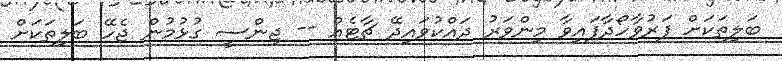
ބަލިތަކަށް ފަރުވާހޯދާފައިވާ މިންވަރު ދައްކުވައިދޭ ޗާޓެއް -- ޖިންސީ ގުޅުމުން ޖެހޭ ބަލިތަކަށް